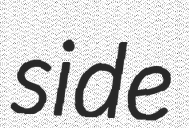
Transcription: side